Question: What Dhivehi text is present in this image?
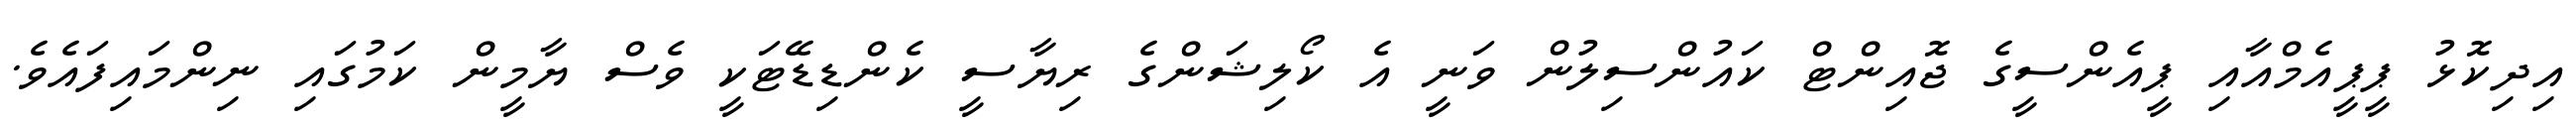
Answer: އިދިކޮޅު ޕީޕީއެމްއާއި ޕީއެންސީގެ ޖޮއިންޓް ކައުންސިލުން ވަނީ އެ ކޯލިޝަންގެ ރިޔާސީ ކެންޑިޑޭޓަކީ ވެސް ޔާމީން ކަމުގައި ނިންމައިފައެވެ.